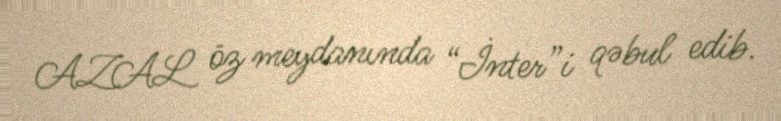
AZAL öz meydanında “İnter”i qəbul edib.